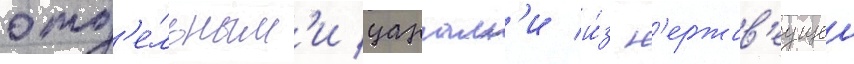
отд'е́льным'и царгам'и и́з н'ержав'еущеи